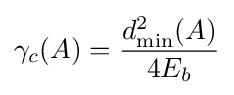
\gamma _{c}(A)={\frac {d_{\min }^{2}(A)}{4E_{b}}}